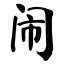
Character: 闹